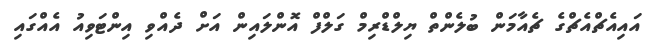
އައިއެޗްއެޗްގެ ޗެއާމަން ބުލެންތް ޔިލްޑްރިމް ގަލްފް އޮންލައިން އަށް ދެއްވި އިންޓަވިއު އެއްގައި